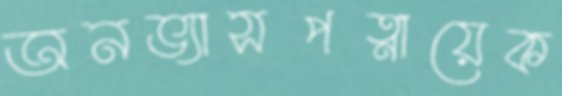
অনভ্যাসপত্নায়েক